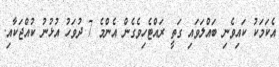
އެކަމަކު ކައިވެނި ބައްލަވައި ގަތީ ރައްޓެހިވެގެން އެންމެ 7 ދުވަހު އުޅުނު ކުއްޖަކާއި.